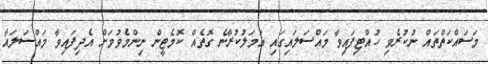
މަސައްކަތްތައް ނުކުރެވި ހުއްޓިފައިވާ މައްސަލައިގައި އަމަލުކުރާނެ ގޮތެއް ކޮމެޓީން ނިންމެވުމަށް އެދިފައިވާ މައްސަލައާ